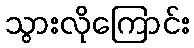
သွားလိုကြောင်း